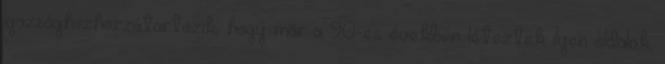
igazsághozhozzátartozik, hogy már a 90-es években léteztek ilyen oldalak,